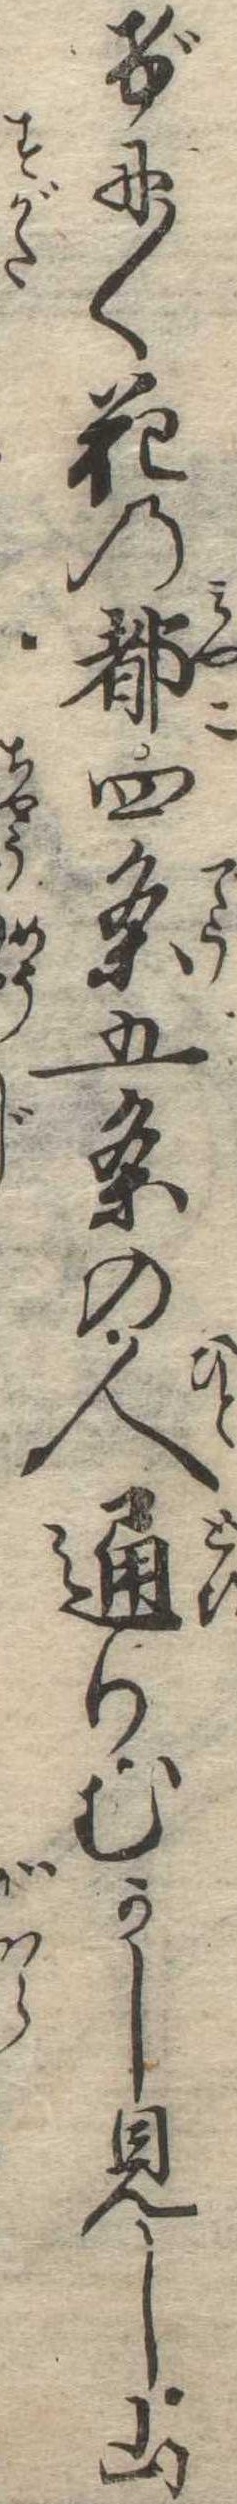
げに〱花の都四条五条の人通りむかし見し山